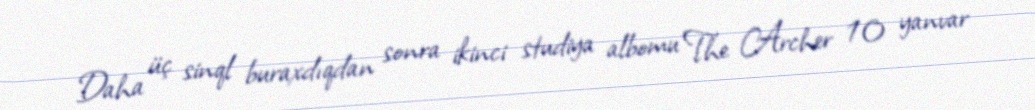
Daha üç sinql buraxdıqdan sonra ikinci studiya albomu The Archer 10 yanvar